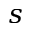
s